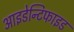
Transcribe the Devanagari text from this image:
आइडेन्टिफाइड